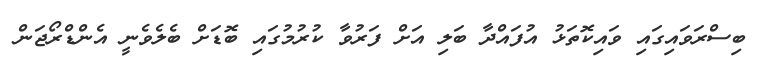
ބިސްރަވައިގައި ވައިކޮތަޅު އުފައްދާ ބަލި އަށް ފަރުވާ ކުރުމުގައި ބޮޑަށް ބެލެވެނީ އެންޑްރޯޖަން